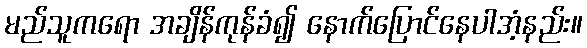
မည်သူကရော အချိန်ကုန်ခံ၍ နောက်ပြောင်နေပါအံ့နည်း။